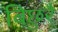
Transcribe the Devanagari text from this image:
बिछुरै